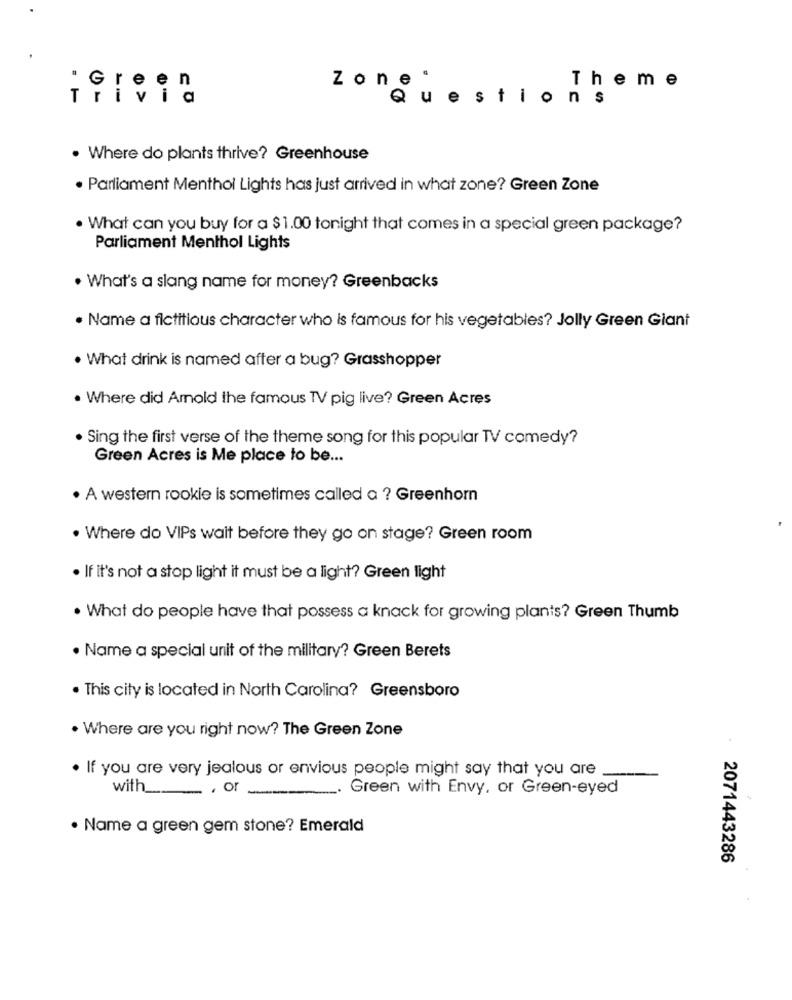
Zone .
Theme
" Green
Trivia
Qu
e
$
t
i
ons
. Where do plants thrive? Greenhouse
· Parliament Menthol Lights has just arrived in what zone? Green Zone
. What can you buy for a $1.00 tonight that comes in a special green package?
Parliament Menthol Lights
. What's a slang name for money? Greenbacks
. Name a fictitious character who is famous for his vegetables? Jolly Green Giant
· What drink is named after a bug? Grasshopper
. Where did Amold the famous TV pig live? Green Acres
. Sing the first verse of the theme song for this popular TV comedy?
Green Acres is Me place to be ...
· A western rookie is sometimes called a ? Greenhorn
. Where do VIPs wait before they go on stage? Green room
· If it's not a stop light it must be a light? Green light
· What do people have that possess a knack for growing plants? Green Thumb
. Name a special unit of the military? Green Berets
. This city is located in North Carolina? Greensboro
. Where are you right now? The Green Zone
. If you are very jealous or envious people might say that you are
with _, or
. Green with Envy, or Green-eyed
· Name a green gem stone? Emerald
2071443286